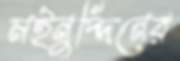
মইনুদ্দিনের